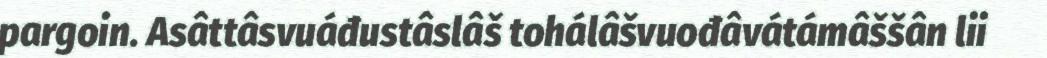
pargoin. Asâttâsvuáđustâslâš tohálâšvuođâvátámâššân lii